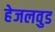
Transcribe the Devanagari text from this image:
हेजलवुड